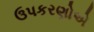
ઉપકરણોએ